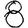
Digit: 8